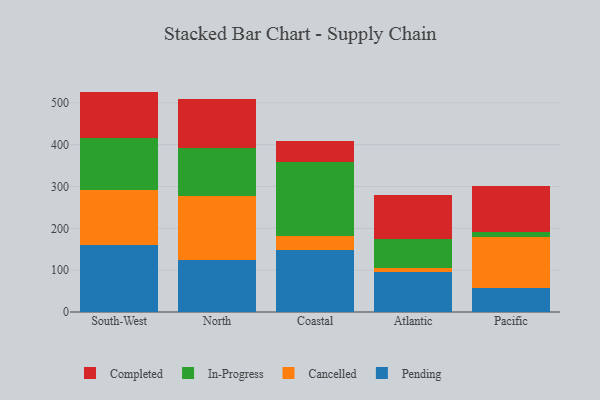
{"axis": {"x": "Region", "y": "Satisfaction Score"}, "legend": ["Cancelled", "Completed", "In-Progress", "Pending"], "data": [{"x": "South-West", "y": 159.8, "type": "Pending"}, {"x": "South-West", "y": 131.8, "type": "Cancelled"}, {"x": "South-West", "y": 123.4, "type": "In-Progress"}, {"x": "South-West", "y": 111.9, "type": "Completed"}, {"x": "North", "y": 125.0, "type": "Pending"}, {"x": "North", "y": 152.9, "type": "Cancelled"}, {"x": "North", "y": 114.9, "type": "In-Progress"}, {"x": "North", "y": 115.5, "type": "Completed"}, {"x": "Coastal", "y": 148.9, "type": "Pending"}, {"x": "Coastal", "y": 33.0, "type": "Cancelled"}, {"x": "Coastal", "y": 176.1, "type": "In-Progress"}, {"x": "Coastal", "y": 50.3, "type": "Completed"}, {"x": "Atlantic", "y": 96.5, "type": "Pending"}, {"x": "Atlantic", "y": 8.1, "type": "Cancelled"}, {"x": "Atlantic", "y": 69.5, "type": "In-Progress"}, {"x": "Atlantic", "y": 105.2, "type": "Completed"}, {"x": "Pacific", "y": 57.5, "type": "Pending"}, {"x": "Pacific", "y": 122.5, "type": "Cancelled"}, {"x": "Pacific", "y": 11.6, "type": "In-Progress"}, {"x": "Pacific", "y": 110.5, "type": "Completed"}]}